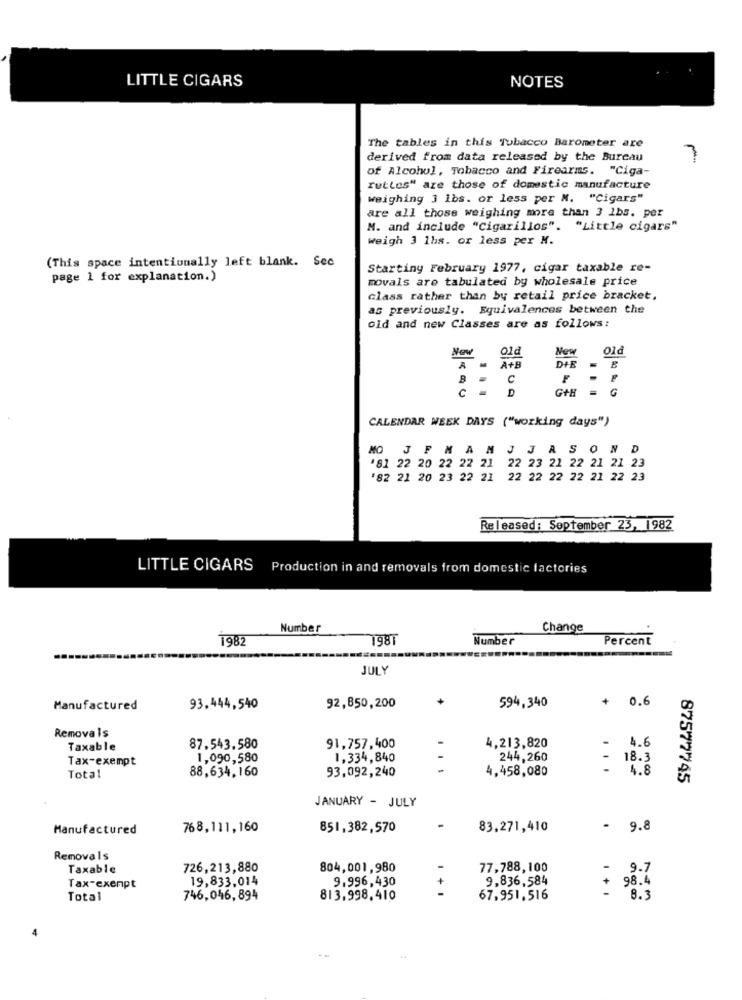
LITTLE CIGARS
NOTES
The tables in this Tubacco Barometer are
derived from data released by the Bureau
of Alcohol, Tobacco and Firearms. "Ciga-
Tuttos" are those of domestic manufacture
weighing 3 lbs. or less per M. "Cigars"
are all those weighing more than 3 1bs. per
M. and include "Cigarillos". "Little cigars"
weigh 3 1hs. or less per M.
(This space intentionally left blank. Sec
Starting February 1977, cigar taxable re-
page 1 for explanation.)
movals are tabulated by wholesale price
class rather than by retail price bracket,
as previously. Equivalences between the
old and new Classes are as follows:
New
New
Old
Old
DIE
A+B
C
. F
D
G+H
6
CALENDAR WEEK DAYS ("working days")
MO JFMAMJJASOND
'81 22 20 22 22 21 22 23 21 22 21 21 23
'82 21 20 23 22 21 22 22 22 22 21 22 23
Released: September 23, 1982
LITTLE CIGARS
Production in and removals from domestic factories
Number
Change
1982
198T
Number
Percent
JULY
594,340
+
0.6
Manufactured
93.444,540
92,850,200
Removals
Taxable
87.543.580
91,757.400
4,213,820
4.6
Tax-exempt
1,090,580
1,334,840
-
244,260
18.3
88,634,160
93,092,240
.
4,458,080
4.8
Total
87577745
JANUARY - JULY
Manufactured
768,111,160
851,382,570
83,271,410
- 9.8
Removals
Taxable
726,213,880
804,001,980
77,788,100
9.7
19,833,014
9.996,430
9,836,584
98.4
Tax-exempt
Total
746,046,894
813,998,410
67,951,516
- 8.3